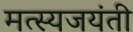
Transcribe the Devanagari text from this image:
मत्स्यजयंती